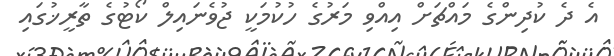
އެ ދެ ކުދިންގެ މައްޗަށް އިއްވި މަރުގެ ހުކުމަކީ ޖުވެނައިލް ކޯޓުގެ ތާރީޚުގައި